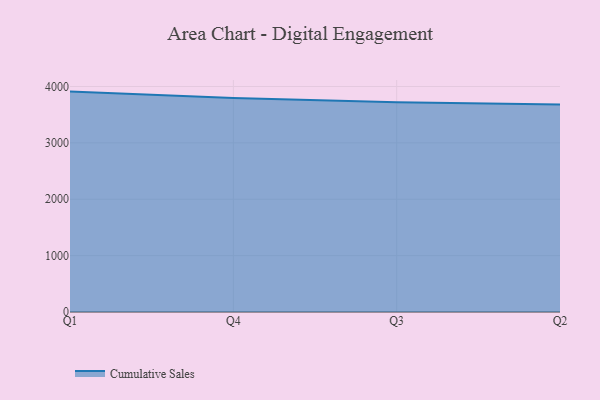
{"axis": {"x": "Quarter", "y": "Humidity (%)"}, "legend": ["Cumulative Sales"], "data": [{"x": "Q1", "y": 3909.5, "type": "Cumulative Sales"}, {"x": "Q4", "y": 3796.6, "type": "Cumulative Sales"}, {"x": "Q3", "y": 3722.4, "type": "Cumulative Sales"}, {"x": "Q2", "y": 3681.8, "type": "Cumulative Sales"}]}